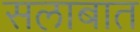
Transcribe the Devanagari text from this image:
सलाबात